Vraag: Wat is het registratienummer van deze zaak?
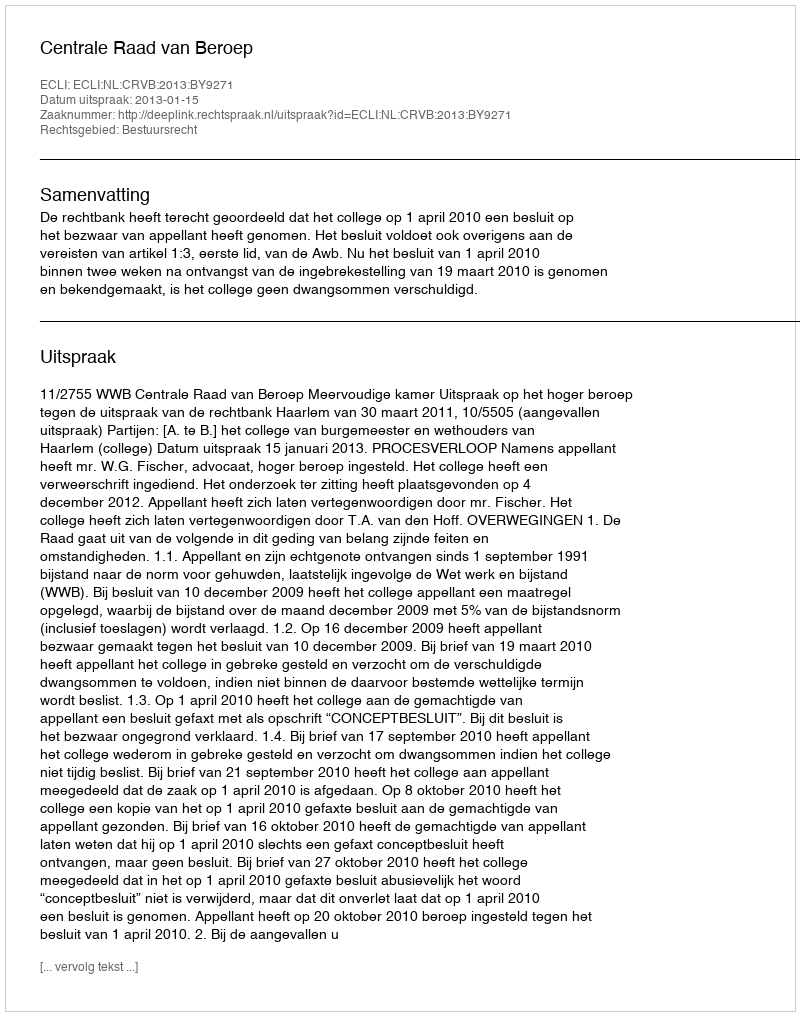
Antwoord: http://deeplink.rechtspraak.nl/uitspraak?id=ECLI:NL:CRVB:2013:BY9271